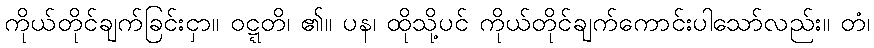
ကိုယ်တိုင်ချက်ခြင်းငှာ။ ဝဋ္ဋတိ၊ ၏။ ပန၊ ထိုသို့ပင် ကိုယ်တိုင်ချက်ကောင်းပါသော်လည်း။ တံ၊